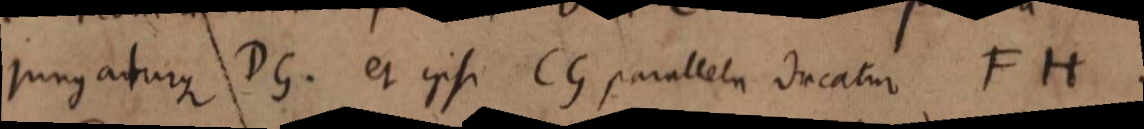
jungaturque DG et ipsi CG parallela ducatur FH.